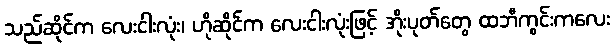
သည်ဆိုင်က လေးငါးလုံး၊ ဟိုဆိုင်က လေးငါးလုံးဖြင့် အိုးပုတ်တွေ ထဘီကွင်းကလေး